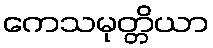
ကေသမုတ္တိယာ